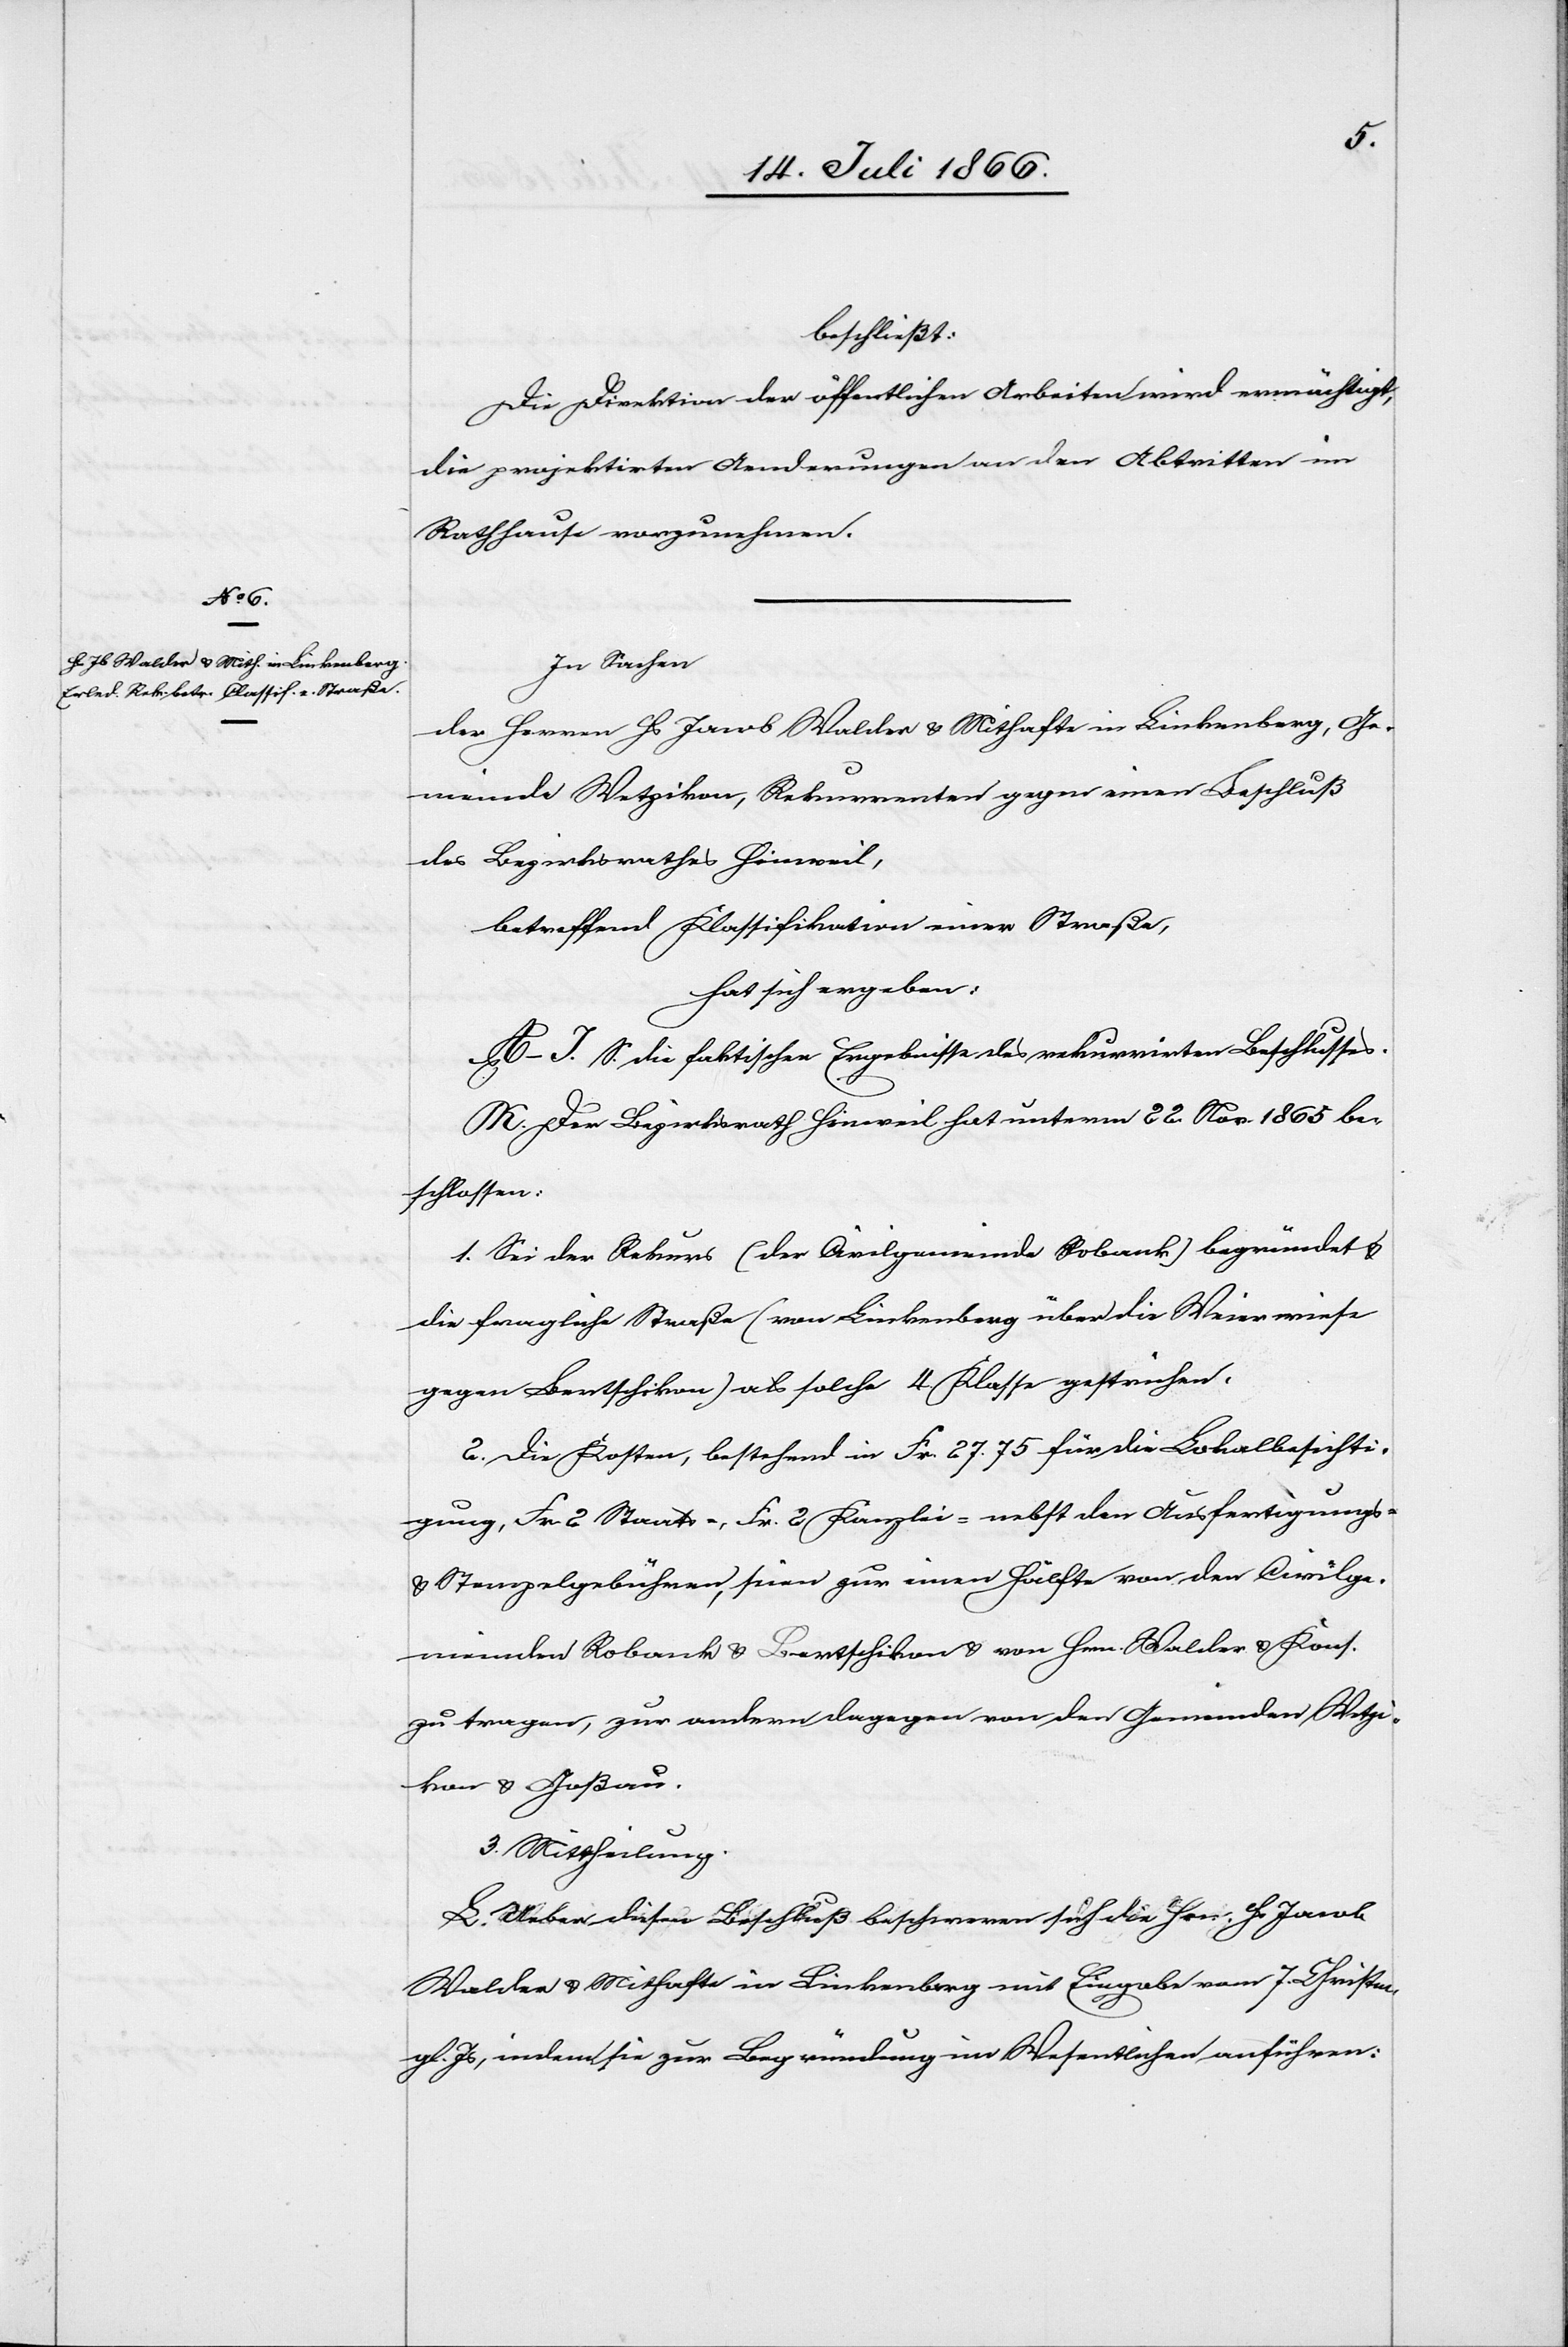
beschließt:
Die Direktion der öffentlichen Arbeiten wird ermächtig,
die projektirten Aenderungen an den Abtritten im
Rathhause vorzunehmen.
In Sachen
der Herrn Hs. Jakob Walder u. Mithafte in Linkenberg, Ge¬
meinde Wetzikon, Rekurrenten gegen einen Beschluß
des Bezirksrathes Hinweil,
betreffend Klassifikation einer Straße,
hat sich ergeben:
A–J. S. die faktischen Ergebnisse des rekurrirten Beschlusses.
K. Der Bezirksrath Hinweil hat unterm 22. Nov. 1865 be¬
schlossen:
1. Sei der Rekurs (der Civilgemeinde Robank) begründet u.
die fragliche Straße (von Linkenberg über die Weierwiese
gegen Bertschikon) als solche 4. Klasse gestrichen.
2. Die Kosten, bestehend in Fr. 27.75 für die Lokalbesichti¬
gung, Fr. 2 Staats- u. Frk. 2 Kanzlei[-] nebst den Ausfertigungs-
u. Stempelgebühren, seien zur einen Hälfte von den Civilge¬
meinden Robank u. Bertschikon u. von Hrn. Walder u. Kons.
zu tragen, zur andern dagegen von den Gemeinde Wetzi¬
kon u. Goßau.
3. Mittheilung.
L. Ueber diesen Beschluß beschweren sich die Hrn. Hs. Jacob
Walder u. Mithafte in Linkenberg mit Eingabe vom 7. Christm.
gl. Js., indem sie zur Begründung im Wesentlichen anführen: